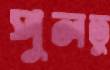
পুলতু